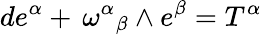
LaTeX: de^{\alpha}+{{\, \omega}^{\alpha}}_{\beta}\wedge e^{\beta}=T^{\alpha}